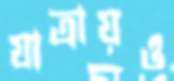
যাত্রায়ও